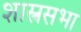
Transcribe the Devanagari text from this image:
शास्त्रसभा